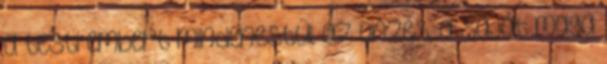
a testi embert mindenestül az önzés, a saját maga